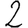
Digit: 2